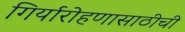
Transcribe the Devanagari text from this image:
गिर्यारोहणासाठीची